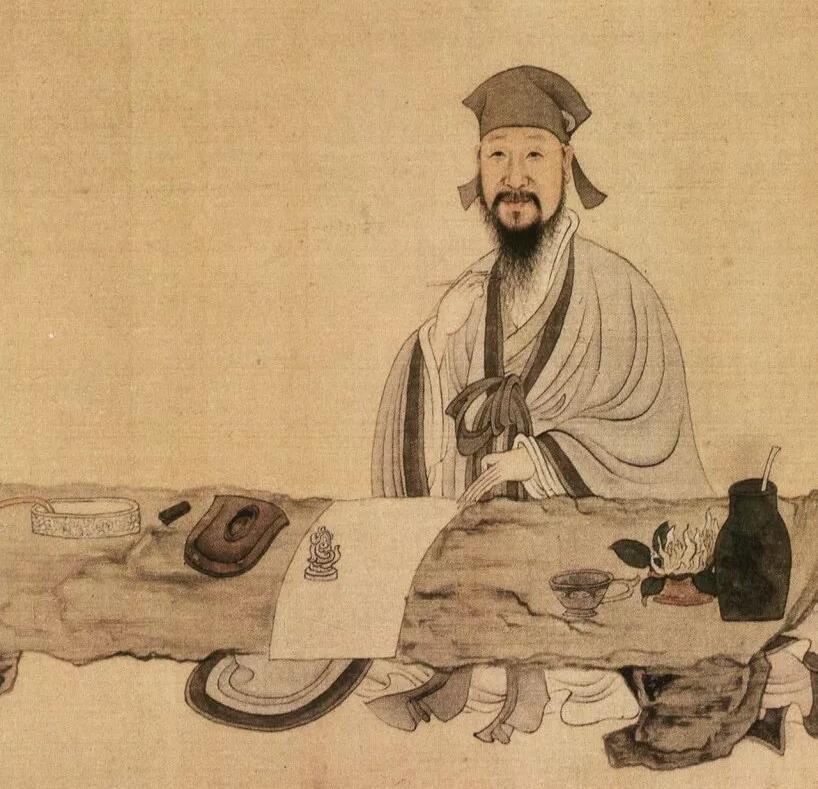
文章本天成，妙手偶得之。